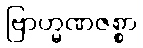
ဗြာဟ္မဏဇစ္စာ